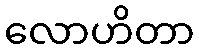
လောဟိတာ